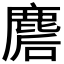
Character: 𪊪